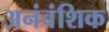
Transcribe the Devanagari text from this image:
अनंवंशिक